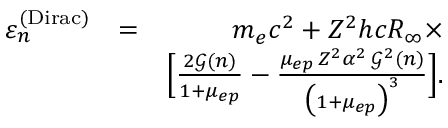
\begin{array} { r l r } { \varepsilon _ { n } ^ { \mathrm { ( D i r a c ) } } } & { = } & { m _ { e } c ^ { 2 } + Z ^ { 2 } h c R _ { \infty } \times } \\ & { } & { \Big [ \frac { 2 \mathcal { G } ( n ) } { 1 + \mu _ { e p } } - \frac { \mu _ { e p } \, Z ^ { 2 } \alpha ^ { 2 } \, \mathcal { G } ^ { 2 } ( n ) } { \big ( 1 + \mu _ { e p } \big ) ^ { 3 } } \Big ] . } \end{array}